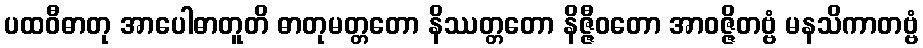
ပထဝီဓာတု အာပေါဓာတူတိ ဓာတုမတ္တတော နိဿတ္တတော နိဇ္ဇီဝတော အာဝဇ္ဇိတဗ္ဗံ မနသိကာတဗ္ဗံ